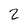
Character: 2